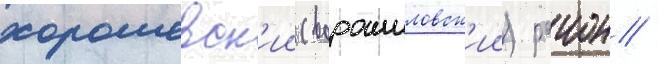
хорошевск'ии (ворошиловск'ии) раион /